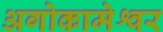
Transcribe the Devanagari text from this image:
अगोकामेश्वर